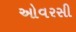
ઓવરસી